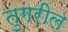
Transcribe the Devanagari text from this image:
तुगरील